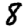
Digit: 8